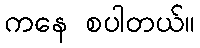
ကနေ စပါတယ်။